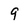
Character: 9